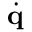
\dot { \mathbf { q } }